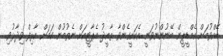
ބޭއްވުމަށް އެމްޑީޕީން ބޭނުންނުވަނީ އެކަށީގެންވާ ތާއީދު އެޕާޓީއަށް ނެތުމުން ކަމަށް އާރިފް ވިދާޅުވި